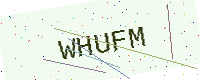
Text: WHUFM